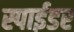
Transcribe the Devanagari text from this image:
स्पाईडर